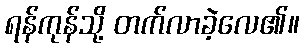
ရန်ကုန်သို့ တက်လာခဲ့လေ၏။